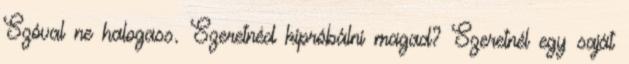
Szóval ne halogass. Szeretnéd kipróbálni magad? Szeretnél egy saját